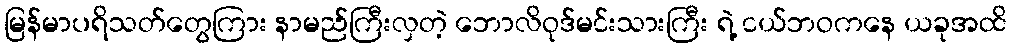
မြန်မာပရိသတ်တွေကြား နာမည်ကြီးလှတဲ့ ဘောလိဝုဒ်မင်းသားကြီး ရဲ့ ငယ်ဘဝကနေ ယခုအထိ